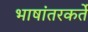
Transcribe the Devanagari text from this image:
भाषांतरकर्ते